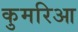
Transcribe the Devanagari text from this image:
कुमरिआ